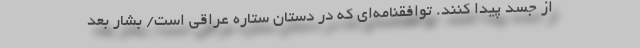
از جسد پیدا کنند. توافقنامه‌ای که در دستان ستاره عراقی است/ بشار بعد